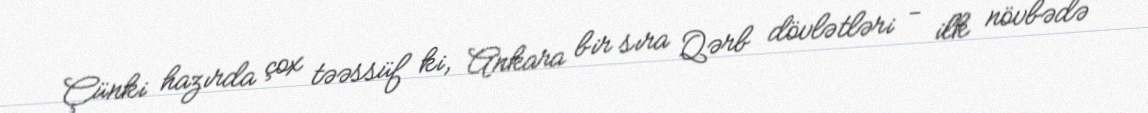
Çünki hazırda çox təəssüf ki, Ankara bir sıra Qərb dövlətləri - ilk növbədə